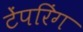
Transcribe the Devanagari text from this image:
टेंपरिंग